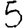
Digit: 5